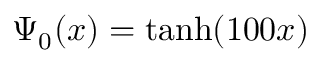
\Psi _ { 0 } ( x ) = \operatorname { t a n h } ( { 1 0 0 x } )